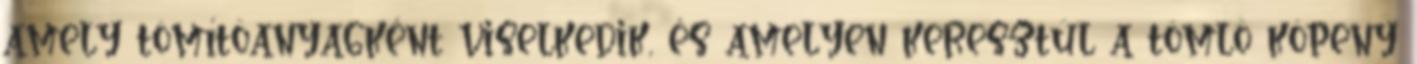
amely tömítõanyagként viselkedik, és amelyen keresztül a tömlõ köpeny